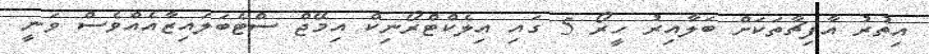
އިތުރު އާފިޗާތަކަށް ބަލާއިރު ހީރޯ 5 ގައި އިލެކްޓްރޯނިކް އިމޭޖް ސްޓެބަލައިޒާއެއްވެސް ވަނީ